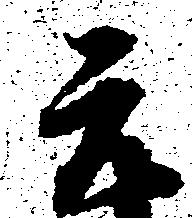
元